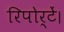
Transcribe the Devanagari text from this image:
रिपोर्टें।